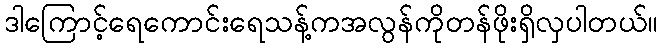
ဒါကြောင့်ရေကောင်းရေသန့်ကအလွန်ကိုတန်ဖိုးရှိလှပါတယ်။